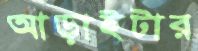
আড়াইটার